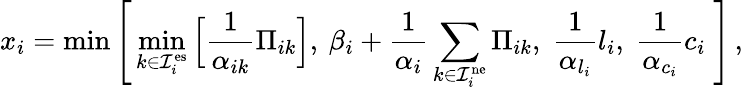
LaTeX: x_{i}=\operatorname*{min}\Bigg[\operatorname*{min}_{k\in\mathcal{I}_{i}^{\mathrm{es}}}\Big[\frac{1}{\alpha_{ik}}\Pi_{ik}\Big],\: \beta_{i}+\frac{1}{\alpha_{i}}\sum_{k\in\mathcal{I}_{i}^{\mathrm{ne}}}\Pi_{ik},\; \frac{1}{\alpha_{l_{i}}}l_{i},\; \frac{1}{\alpha_{c_{i}}}c_{i}\; \Bigg]\, ,